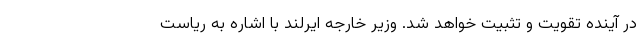
در آینده تقویت و تثبیت خواهد شد. وزیر خارجه ایرلند با اشاره به ریاست